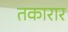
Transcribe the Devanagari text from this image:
तकारार